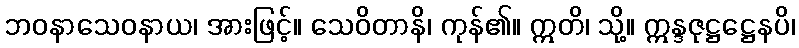
ဘဝနာသေဝနာယ၊ အားဖြင့်။ သေဝိတာနိ၊ ကုန်၏။ ဣတိ၊ သို့။ ဣန္ဒဇုဋ္ဌဋ္ဌေနပိ၊